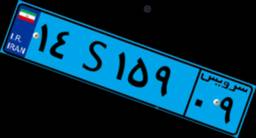
۹۹S۷۰۴۳۵